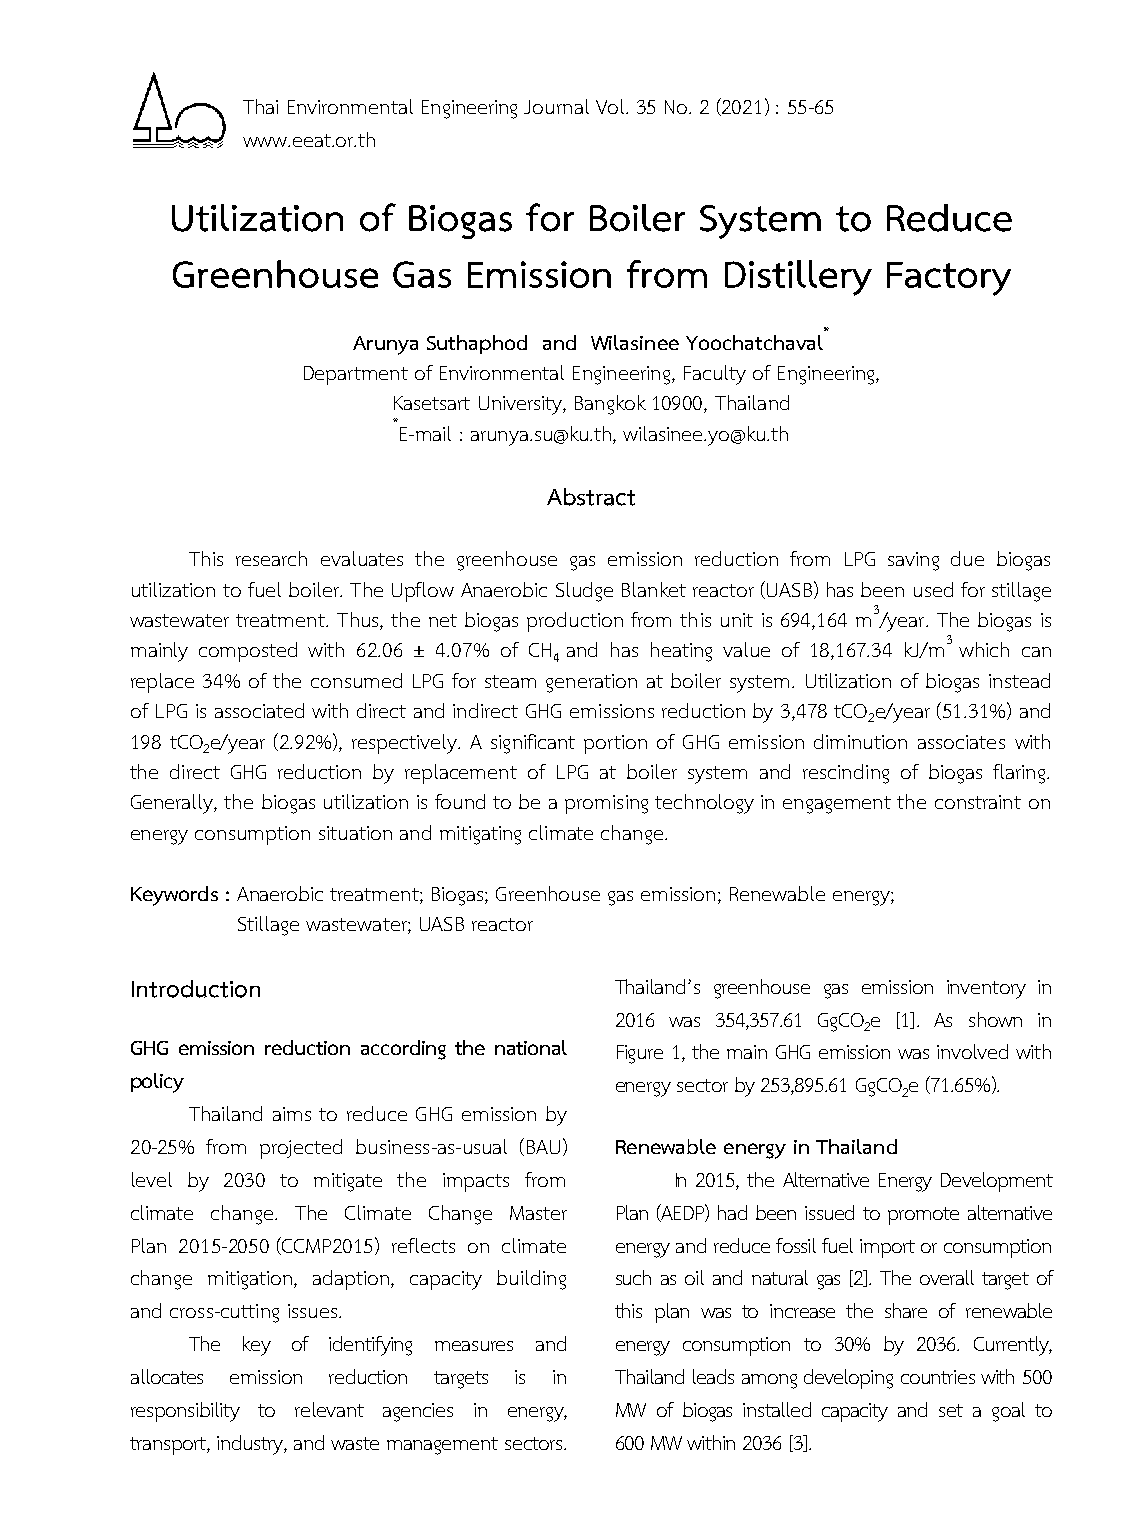
Thai Environmental Engineering Journal Vol. 35 No. 2 (2021) : 55-65
 www.eeat.or.th
 Utilization  of Biogas  for Boiler System   to Reduce
 Greenhouse     Gas  Emission  from   Distillery Factory
 Arunya Suthaphod and Wilasinee Yoochatchaval*
 Department of Environmental Engineering, Faculty of Engineering,
 Kasetsart University, Bangkok 10900, Thailand
 *E-mail : arunya.su@ku.th, wilasinee.yo@ku.th
 Abstract
 This research evaluates the greenhouse gas emission reduction from LPG saving due biogas
 utilization to fuel boiler. The Upflow Anaerobic Sludge Blanket reactor (UASB) has been used for stillage
 wastewater treatment. Thus, the net biogas production from this unit is 694,164 m3/year. The biogas is
 mainly composted with 62.06 ± 4.07% of CH and has heating value of 18,167.34 kJ/m3 which can
 4
 replace 34% of the consumed LPG for steam generation at boiler system. Utilization of biogas instead
 of LPG is associated with direct and indirect GHG emissions reduction by 3,478 tCO e/year (51.31%) and
 2
 198 tCO e/year (2.92%), respectively. A significant portion of GHG emission diminution associates with
 2
 the direct GHG reduction by replacement of LPG at boiler system and rescinding of biogas flaring.
 Generally, the biogas utilization is found to be a promising technology in engagement the constraint on
 energy consumption situation and mitigating climate change.
 Keywords : Anaerobic treatment; Biogas; Greenhouse gas emission; Renewable energy;
 Stillage wastewater; UASB reactor
 Introduction                    Thailand’s greenhouse gas emission inventory in
 2016 was 354,357.61 GgCOe [1]. As shown in
 2
 GHG emission reduction according the national Figure 1, the main GHG emission was involved with
 policy                          energy sector by 253,895.61 GgCOe (71.65%).
 2
 Thailand aims to reduce GHG emission by
 20-25% from projected business-as-usual (BAU) Renewable energy in Thailand
 level by 2030 to mitigate the impacts from In 2015, the Alternative Energy Development
 climate change. The Climate Change Master Plan (AEDP) had been issued to promote alternative
 Plan 2015-2050 (CCMP2015) reflects on climate energy and reduce fossil fuel import or consumption
 change mitigation, adaption, capacity building such as oil and natural gas [2]. The overall target of
 and cross-cutting issues.       this plan was to increase the share of renewable
 The key of identifying measures and energy consumption to 30% by 2036. Currently,
 allocates emission reduction targets is in Thailand leads among developing countries with 500
 responsibility to relevant agencies in energy, MW of biogas installed capacity and set a goal to
 transport, industry, and waste management sectors. 600 MW within 2036 [3].